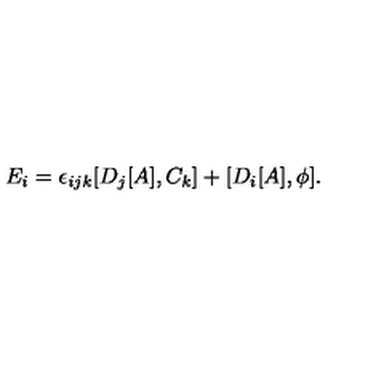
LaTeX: E _ { i } = \epsilon _ { i j k } [ D _ { j } [ A ] , C _ { k } ] + [ D _ { i } [ A ] , \phi ] .